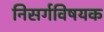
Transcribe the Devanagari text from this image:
निसर्गविषयक